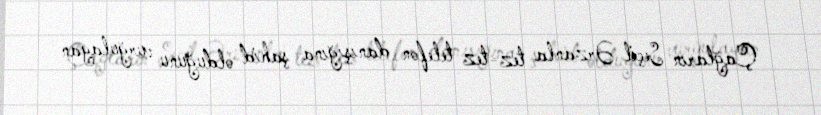
Çağların Seçil Ərzanla tez-tez telefon danışığına şahid olduğunu vurğulayan